Lunatic asylums Madras 1892-1911 - 1892-1911
Year: 1892
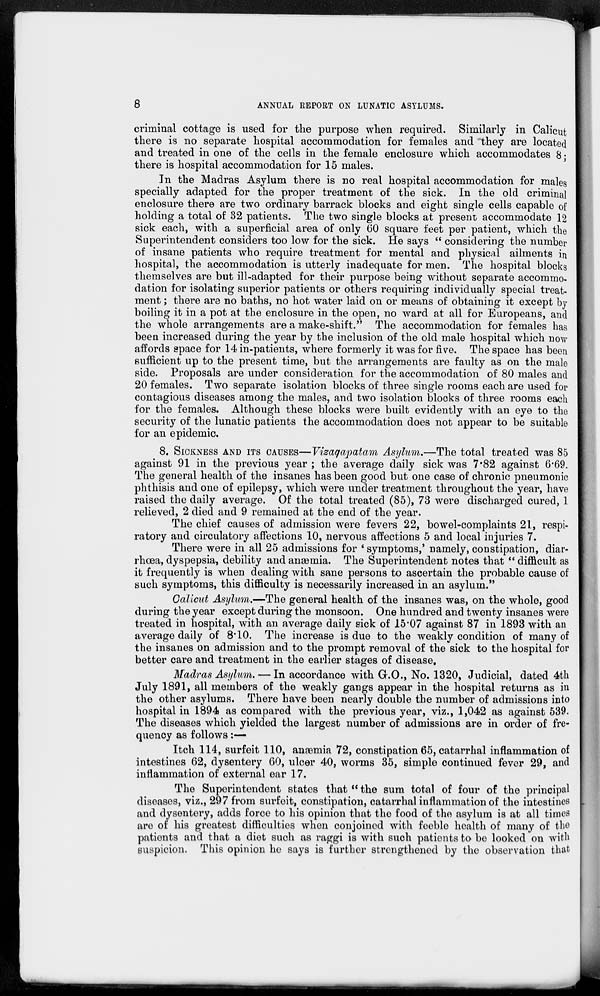
8
ANNUAL REPORT ON LUNATIC ASYLUMS.
criminal cottage is used for the purpose when required. Similarly in Calicut
there is no separate hospital accommodation for females and they are located
and treated in one of the cells in the female enclosure which accommodates 8;
there is hospital accommodation for 15 males.
In the Madras Asylum there is no real hospital accommodation for males
specially adapted for the proper treatment of the sick. In the old criminal
enclosure there are two ordinary barrack blocks and eight single cells capable of
holding a total of 32 patients. The two single blocks at present accommodate 12
sick each, with a superficial area of only 60 square feet per patient, which the
Superintendent considers too low for the sick. He says " considering the number
of insane patients who require treatment for mental and physical ailments in
hospital, the accommodation is utterly inadequate for men. The hospital blocks
themselves are but ill-adapted for their purpose being without separate accommo-
dation for isolating superior patients or others requiring individually special treat-
ment ; there are no baths, no hot water laid on or means of obtaining it except by
boiling it in a pot at the enclosure in the open, no ward at all for Europeans, and
the whole arrangements are a make-shift." The accommodation for females has
been increased during the year by the inclusion of the old male hospital which now
affords space for 14 in-patients, where formerly it was for five. The space has been
sufficient up to the present time, but the arrangements are faulty as on the male
side. Proposals are under consideration for the accommodation of 80 males and
20 females. Two separate isolation blocks of three single rooms each are used for
contagious diseases among the males, and two isolation blocks of three rooms each
for the females. Although these blocks were built evidently with an eye to the
security of the lunatic patients the accommodation does not appear to be suitable
for an epidemic,
8. SICKNESS AND ITS CAUSES—Vizagapatam Asylum.—The total treated was 85
against 91 in the previous year ; the average daily sick was 7.82 against 6.69.
The general health of the insanes has been good but one case of chronic pneumonic
phthisis and one of epilepsy, which were under treatment throughout the year, have
raised the daily average. Of the total treated (85), 73 were discharged cured, 1
relieved, 2 died and 9 remained at the end of the year.
The chief causes of admission were fevers 22, bowel-complaints 21, respi-
ratory and circulatory affections 10, nervous affections 5 and local injuries 7.
There were in all 25 admissions for 'symptoms,' namely, constipation, diar-
rhœa, dyspepsia, debility and anæmia. The Superintendent notes that "difficult as
it frequently is when dealing with sane persons to ascertain the probable cause of
such symptoms, this difficulty is necessarily increased in an asylum."
Calicut Asylum.—The general health of the insanes was, on the whole, good
during the year except during the monsoon. One hundred and twenty insanes were
treated in hospital, with an average daily sick of 15.07 against 87 in 1893 with an
average daily of 8.10. The increase is due to the weakly condition of many of
the insanes on admission and to the prompt removal of the sick to the hospital for
better care and treatment in the earlier stages of disease,
Madras Asylum. — In accordance with G.O., No. 1320, Judicial, dated 4th
July 1891, all members of the weakly gangs appear in the hospital returns as in
the other asylums. There have been nearly double the number of admissions into
hospital in 1894 as compared with the previous year, viz., 1,042 as against 539
The diseases which yielded the largest number of admissions are in order of fre-
quency as follows :—
Itch 114, surfeit 110, anæmia 72, constipation 65, catarrhal inflammation of
intestines 62, dysentery 60, ulcer 40, worms 35, simple continued fever 29, and
inflammation of external ear 17.
The Superintendent states that " the sum total of four of the principal
diseases, viz., 297 from surfeit, constipation, catarrhal inflammation of the intestines
and dysentery, adds force to his opinion that the food of the asylum is at all times
are of his greatest difficulties when conjoined with feeble health of many of the
patients and that a diet such as raggi is with such patients to be looked on with
suspicion. This opinion he says is further strengthened by the observation that